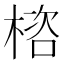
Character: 㮞